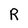
Character: R